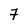
Character: 7